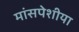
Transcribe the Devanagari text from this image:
मांसपेशीया